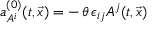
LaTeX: a _ { A ^ { i } } ^ { ( 0 ) } ( t , \vec { x } ) = - \, \theta \, \epsilon _ { i j } A ^ { j } ( t , \vec { x } )